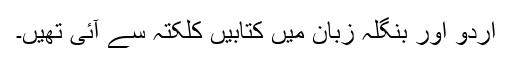
اردو اور بنگلہ زبان میں کتابیں کلکتہ سے آئی تھیں۔